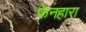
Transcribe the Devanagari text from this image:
फेनहारा